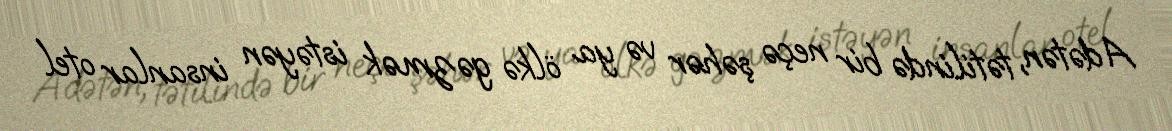
Adətən, tətilində bir neçə şəhər və ya ölkə gəzmək istəyən insanlar otel